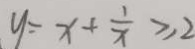
y = x + \frac { 1 } { x } \geq 2